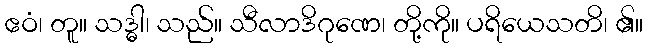
ဧဝံ၊ တူ။ သဒ္ဓါ၊ သည်။ သီလာဒိဂုဏေ၊ တို့ကို။ ပရိယေသတိ၊ ၏။